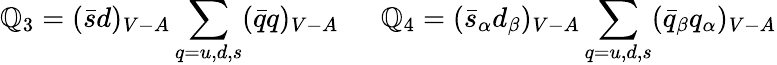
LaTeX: \mathbb{Q}_{3}=(\bar{{s}}d)_{V-A}\sum_{q=u,d,s}(\bar{{q}}q)_{V-A}~~~~~~\mathbb{Q}_{4}=(\bar{{s}}_{\alpha}d_{\beta})_{V-A}\sum_{q=u,d,s}(\bar{{q}}_{\beta}q_{\alpha})_{V-A}